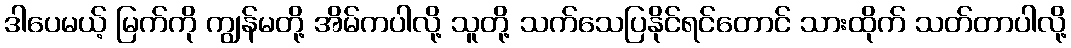
ဒါပေမယ့် မြက်ကို ကျွန်မတို့ အိမ်ကပါလို့ သူတို့ သက်သေပြနိုင်ရင်တောင် သားထိုက် သတ်တာပါလို့